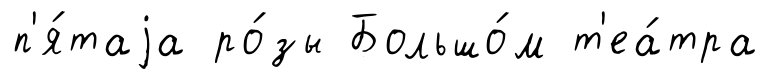
п'я́таjа ро́зы Большо́м т'еа́тра